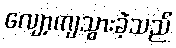
လျော့ကျသွားခဲ့သည်